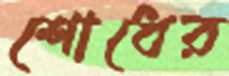
শোধের